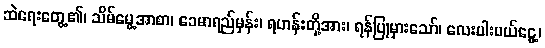
ဆဲရေးတွေ့၏၊ သိမ်မွေ့အာစာ၊ ခေမာရည်မှန်း၊ ရဟန်းတို့အား၊ ရန်ပြုမှားသော်၊ လေးပါးပယ်ငွေ့၊